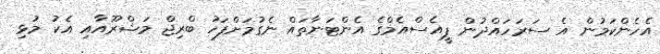
އެހެންކަމުން އެ ސަރަަހައްދުން ޕީއެސްއެމްގެ އެންޓަނާތައް ނެގުމަށްފަހު ބްރިޖް މަޝްރޫއާއި އެކު މުޅި